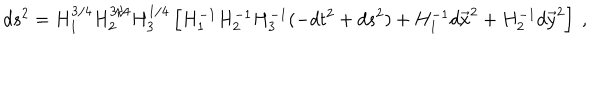
d s ^ { 2 } = H _ { 1 } ^ { 3 / 4 } H _ { 2 } ^ { 3 / 4 } H _ { 3 } ^ { 1 / 4 } \left[ H _ { 1 } ^ { - 1 } H _ { 2 } ^ { - 1 } H _ { 3 } ^ { - 1 } ( - d t ^ { 2 } + d s ^ { 2 } ) + H _ { 1 } ^ { - 1 } d { \vec { x } } ^ { 2 } + H _ { 2 } ^ { - 1 } d { \vec { y } } ^ { 2 } \right] ~ ,